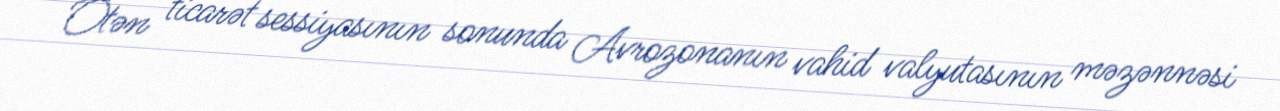
Ötən ticarət sessiyasının sonunda Avrozonanın vahid valyutasının məzənnəsi